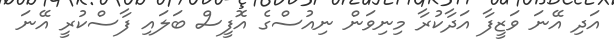
އަދި އޭނަ ވަޒީފާ އަދާކުރާ މިނިވަން ނިއުސްގެ އޮފީސް ބަލައި ފާސްކުރީ އޭނަ